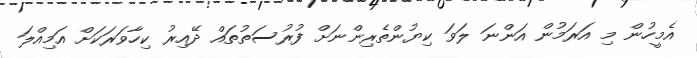
އެމީހުން މި އަރަމުން އަންނަ ލަވަ ކިޔުންތެރިންނަށް ފުރުސަތުތައް ދޭއިރު ކިހާވަރަކަށް އަމިއްލަ